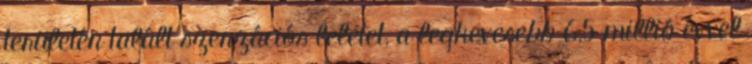
területén talált szenzációs leletet, a legkevesebb 6,5 millió évvel